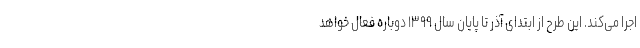
اجرا می‌کند. این طرح از ابتدای آذر تا پایان سال ۱۳۹۹ دوباره فعال خواهد